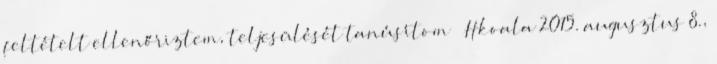
feltételt ellenőriztem, teljesülését tanúsítom – Hkoala 2015. augusztus 8.,